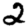
Digit: 2